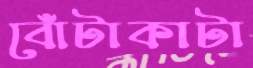
বোঁটাকাটা